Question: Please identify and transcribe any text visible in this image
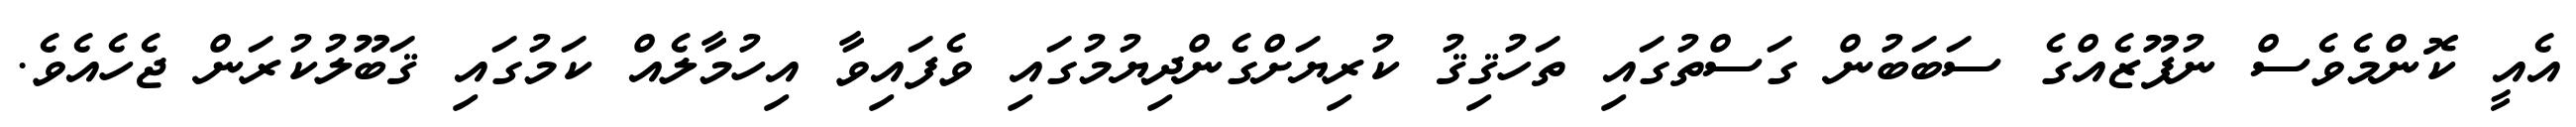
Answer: އެއީ ކޮންމެވެސް ނުފޫޒެއްގެ ސަބަބުން ގަސްތުގައި ތަހުޤިޤު ކުރިޔަށްގެންދިޔުމުގައި ވެފައިވާ އިހުމާލެއް ކަމުގައި ޤަބޫލުކުރަން ޖެހެއެވެ.